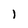
Character: l